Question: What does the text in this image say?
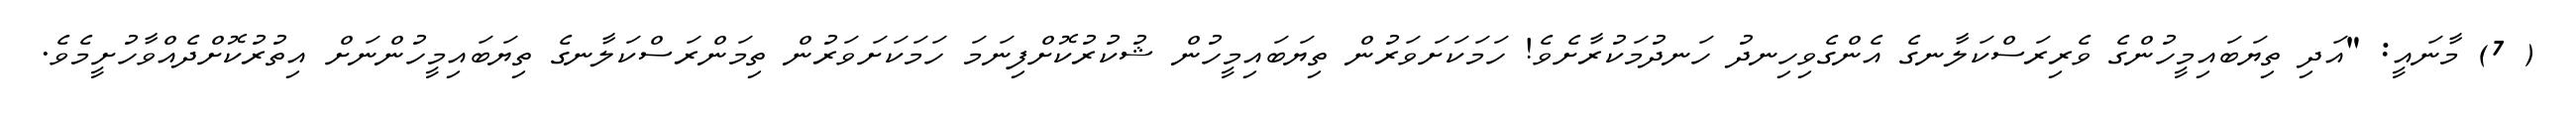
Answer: ( 7) މާނައީ: "އަދި ތިޔަބައިމީހުންގެ ވެރިރަސްކަލާނގެ އެންގެވިހިނދު ހަނދުމަކުރާށެވެ! ހަމަކަށަވަރުން ތިޔަބައިމީހުން ޝުކުރުކޮށްފިނަމަ ހަމަކަށަވަރުން ތިމަންރަސްކަލާނގެ ތިޔަބައިމީހުންނަށް އިތުރުކޮށްދެއްވާހުށީމެވެ.